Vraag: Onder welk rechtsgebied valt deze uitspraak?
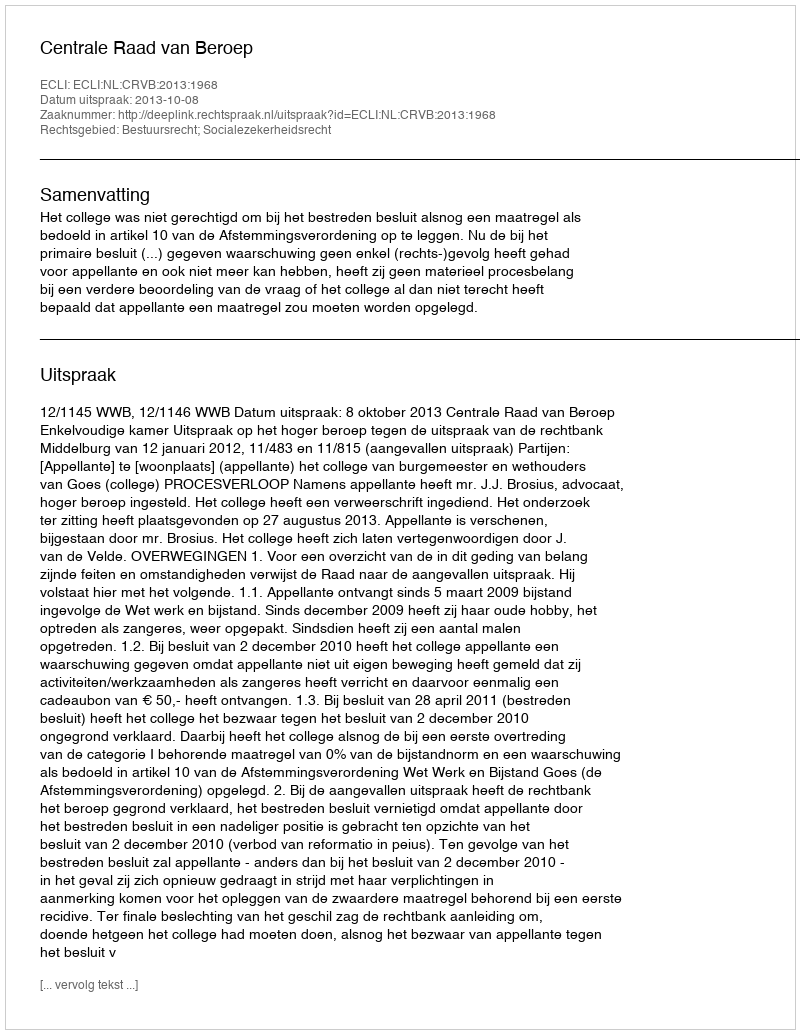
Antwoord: Bestuursrecht; Socialezekerheidsrecht